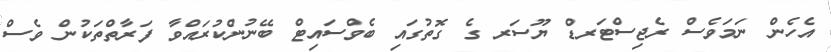
އެހެން ނަމަވެސް ރެޖިސްޓަރޑް ޔޫސަރ ގެ ގޮތުގައި ބެވްސައިޓް ބޭނުންކުރައްވާ ފަރާތްތަކުން ވެސް